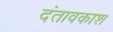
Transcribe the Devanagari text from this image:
दंतावकाश